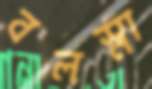
বলস্না